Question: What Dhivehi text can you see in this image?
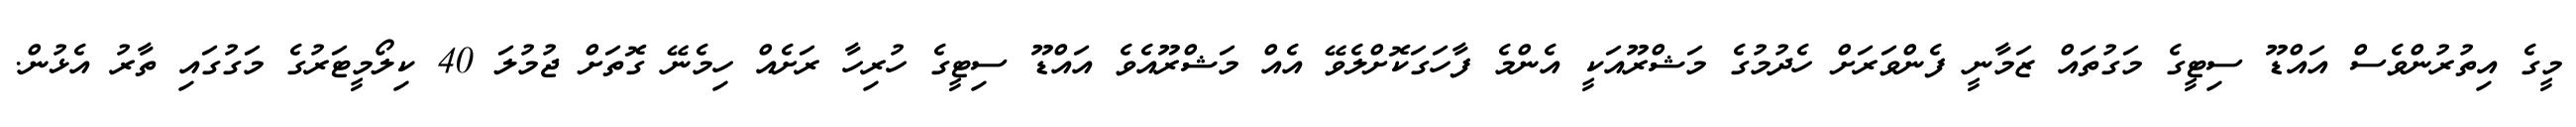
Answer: މީގެ އިތުރުންވެސް އައްޑޫ ސިޓީގެ މަގުތައް ޒަމާނީ ފެންވަރަށް ހެދުމުގެ މަޝްރޫއަކީ އެންމެ ފާހަގަކޮށްލެވޭ އެއް މަޝްރޫއެވެ އައްޑޫ ސިޓީގެ ހުރިހާ ރަށެއް ހިމެނޭ ގޮތަށް ޖުމުލަ 40 ކިލޯމީޓަރުގެ މަގުގައި ތާރު އެޅުން.